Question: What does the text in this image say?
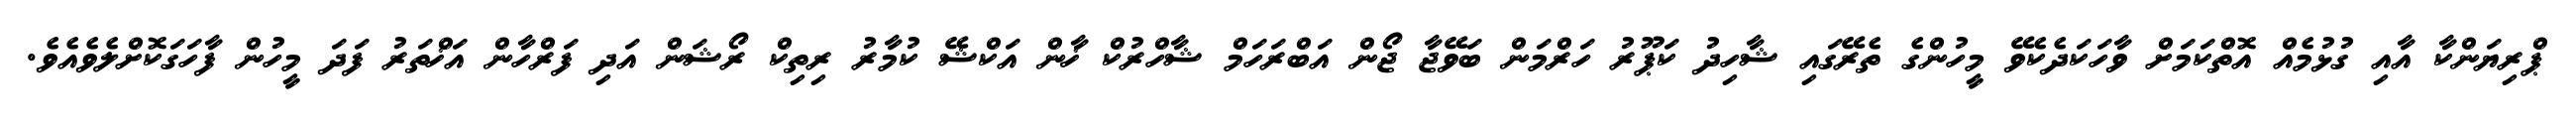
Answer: ޕްރިޔަންކާ އާއި ގުޅުމެއް އޮތްކަމަށް ވާހަކަދެކެވޭ މީހުންގެ ތެރޭގައި ޝާހިދު ކަޕޫރު ހަރްމަން ބަވޭޖާ ޖޯން އަބްރަހަމް ޝާހްރުކް ޚާން އަކްޝޭ ކުމާރު ރިތިކް ރޯޝަން އަދި ފަރްހާން އަޚްތަރު ފަދަ މީހުން ފާހަގަކޮށްލެވެއެވެ.